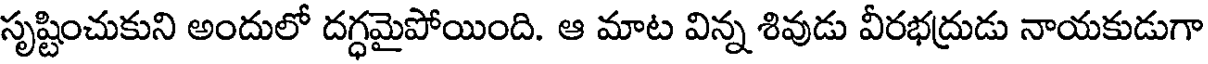
సృష్టించుకుని అందులో దగ్ధమైపోయింది. ఆ మాట విన్న శివుడు వీరభద్రుడు నాయకుడుగా